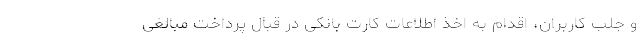
و جلب کاربران، اقدام به اخذ اطلاعات کارت بانکی در قبال پرداخت مبالغی